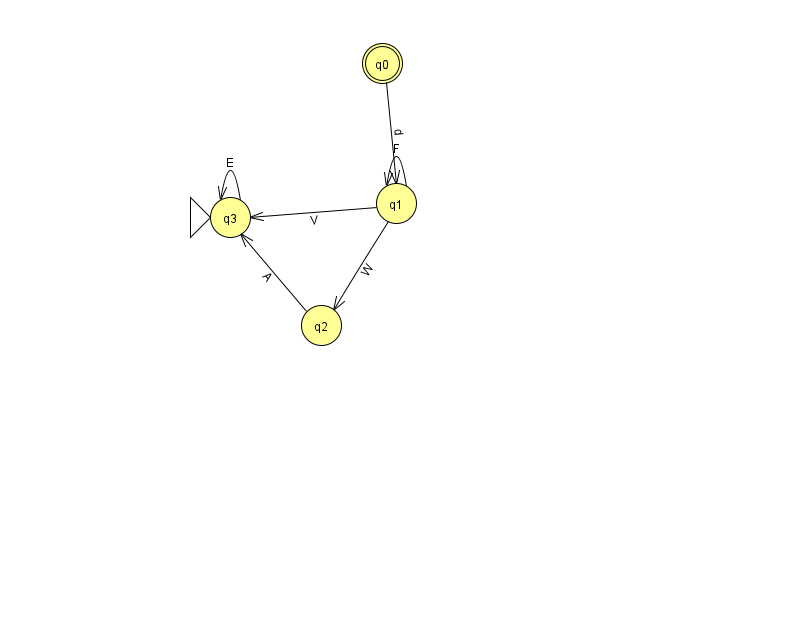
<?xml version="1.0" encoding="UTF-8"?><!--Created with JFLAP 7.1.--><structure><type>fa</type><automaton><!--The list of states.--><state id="0" name="q0"><x>382.0</x><y>50.0</y><final/></state><state id="1" name="q1"><x>396.0</x><y>190.0</y></state><state id="2" name="q2"><x>321.0</x><y>312.0</y></state><state id="3" name="q3"><x>230.0</x><y>204.0</y><initial/></state><!--The list of transitions.--><transition><from>0</from><to>1</to><read>d</read></transition><transition><from>1</from><to>3</to><read>V</read></transition><transition><from>3</from><to>3</to><read>E</read></transition><transition><from>1</from><to>1</to><read>F</read></transition><transition><from>2</from><to>3</to><read>A</read></transition><transition><from>1</from><to>2</to><read>W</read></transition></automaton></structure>